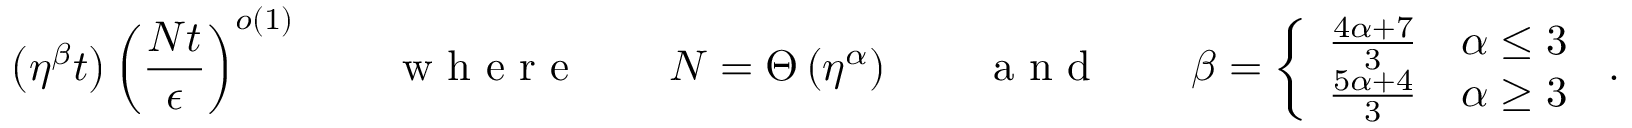
\left( \eta ^ { \beta } t \right) \left( \frac { N t } { \epsilon } \right) ^ { o ( 1 ) } \qquad \textrm { w h e r e } \qquad N = \Theta \left( \eta ^ { \alpha } \right) \qquad \textrm { a n d } \qquad \beta = \left\{ \begin{array} { l l } { \frac { 4 \alpha + 7 } { 3 } } & { \alpha \leq 3 } \\ { \frac { 5 \alpha + 4 } { 3 } } & { \alpha \geq 3 } \end{array} \right. \, .